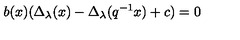
b ( x ) ( \Delta _ { \lambda } ( x ) - \Delta _ { \lambda } ( q ^ { - 1 } x ) + c ) = 0